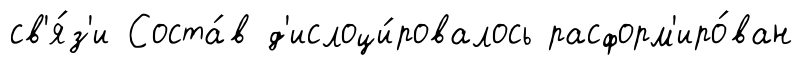
св'я́з'и Соста́в д'ислоци́ровалось расформ'иро́ван